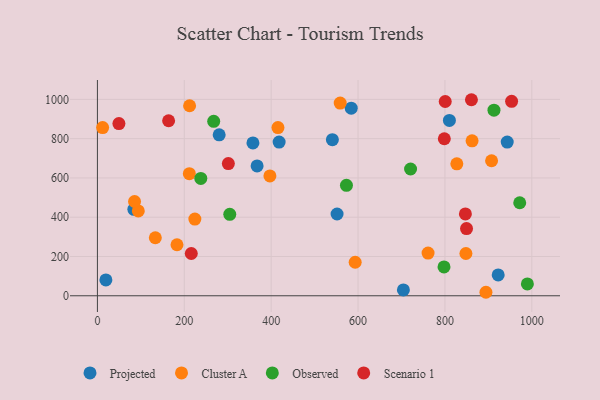
{"axis": {"x": "Investment", "y": "Sales"}, "legend": ["Cluster A", "Observed", "Projected", "Scenario 1"], "data": [{"x": "704.4", "y": 29.6, "type": "Projected"}, {"x": "943.4", "y": 782.7, "type": "Projected"}, {"x": "922.6", "y": 106.1, "type": "Projected"}, {"x": "280.3", "y": 819.5, "type": "Projected"}, {"x": "551.7", "y": 416.4, "type": "Projected"}, {"x": "418.3", "y": 782.7, "type": "Projected"}, {"x": "19.5", "y": 80.9, "type": "Projected"}, {"x": "810.3", "y": 892.8, "type": "Projected"}, {"x": "83.9", "y": 440.3, "type": "Projected"}, {"x": "584.3", "y": 955.4, "type": "Projected"}, {"x": "358.0", "y": 778.0, "type": "Projected"}, {"x": "540.9", "y": 794.9, "type": "Projected"}, {"x": "367.6", "y": 661.3, "type": "Projected"}, {"x": "133.3", "y": 295.4, "type": "Cluster A"}, {"x": "862.5", "y": 789.1, "type": "Cluster A"}, {"x": "212.2", "y": 967.5, "type": "Cluster A"}, {"x": "12.0", "y": 856.3, "type": "Cluster A"}, {"x": "94.1", "y": 432.1, "type": "Cluster A"}, {"x": "761.2", "y": 217.4, "type": "Cluster A"}, {"x": "593.4", "y": 170.8, "type": "Cluster A"}, {"x": "85.5", "y": 480.0, "type": "Cluster A"}, {"x": "183.2", "y": 259.9, "type": "Cluster A"}, {"x": "224.3", "y": 390.5, "type": "Cluster A"}, {"x": "848.3", "y": 215.2, "type": "Cluster A"}, {"x": "894.4", "y": 17.8, "type": "Cluster A"}, {"x": "211.6", "y": 621.8, "type": "Cluster A"}, {"x": "415.6", "y": 856.2, "type": "Cluster A"}, {"x": "397.1", "y": 610.3, "type": "Cluster A"}, {"x": "558.9", "y": 981.3, "type": "Cluster A"}, {"x": "827.4", "y": 671.7, "type": "Cluster A"}, {"x": "907.4", "y": 687.4, "type": "Cluster A"}, {"x": "972.2", "y": 473.7, "type": "Observed"}, {"x": "238.0", "y": 597.5, "type": "Observed"}, {"x": "989.8", "y": 60.2, "type": "Observed"}, {"x": "720.9", "y": 645.4, "type": "Observed"}, {"x": "912.9", "y": 944.8, "type": "Observed"}, {"x": "267.7", "y": 888.1, "type": "Observed"}, {"x": "573.3", "y": 562.1, "type": "Observed"}, {"x": "797.9", "y": 146.8, "type": "Observed"}, {"x": "304.7", "y": 414.7, "type": "Observed"}, {"x": "163.9", "y": 891.2, "type": "Scenario 1"}, {"x": "849.7", "y": 342.3, "type": "Scenario 1"}, {"x": "301.4", "y": 673.3, "type": "Scenario 1"}, {"x": "861.0", "y": 998.2, "type": "Scenario 1"}, {"x": "953.5", "y": 990.3, "type": "Scenario 1"}, {"x": "49.5", "y": 876.6, "type": "Scenario 1"}, {"x": "798.6", "y": 799.5, "type": "Scenario 1"}, {"x": "847.1", "y": 416.8, "type": "Scenario 1"}, {"x": "800.7", "y": 989.2, "type": "Scenario 1"}, {"x": "216.1", "y": 215.3, "type": "Scenario 1"}]}